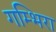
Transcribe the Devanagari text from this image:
गम्भिरा